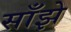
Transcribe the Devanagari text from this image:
साँझे